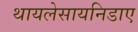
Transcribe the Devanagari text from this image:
थायलेसायनिडाए